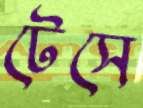
টেসে